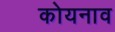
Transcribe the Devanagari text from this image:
कोयनाव